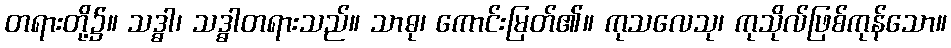
တရားတို့၌။ သဒ္ဓါ၊ သဒ္ဓါတရားသည်။ သာဓု၊ ကောင်းမြတ်၏။ ကုသလေသု၊ ကုသိုလ်ဖြစ်ကုန်သော။